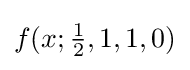
f(x;{\tfrac {1}{2}},1,1,0)